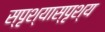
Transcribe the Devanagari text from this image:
स्पृश्‍यास्पृश्‍य